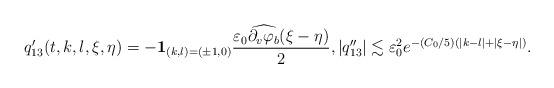
LaTeX: \begin{align*}q_{13}'(t,k,l,\xi,\eta)=-\mathbf{1}_{(k,l)=(\pm 1,0)}\frac{\varepsilon_0\widehat{\partial_v\varphi_b}(\xi-\eta)}{2},|q_{13}''|\lesssim\varepsilon_0^2e^{-(C_0/5)(|k-l|+|\xi-\eta|)}.\end{align*}